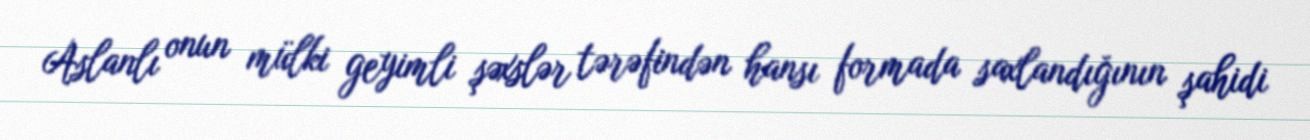
Aslanlı onun mülki geyimli şəxslər tərəfindən hansı formada saxlandığının şahidi